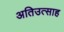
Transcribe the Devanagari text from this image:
अतिउत्साह